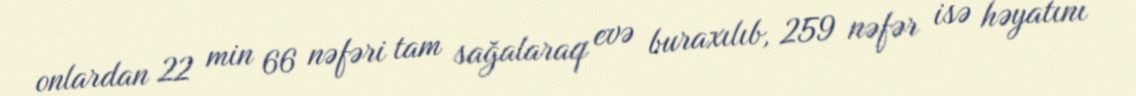
onlardan 22 min 66 nəfəri tam sağalaraq evə buraxılıb, 259 nəfər isə həyatını